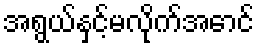
အရွယ်နှင့်မလိုက်အောင်